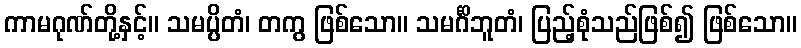
ကာမဂုဏ်တို့နှင့်။ သမပ္ပိတံ၊ တကွ ဖြစ်သော။ သမင်္ဂိဘူတံ၊ ပြည့်စုံသည်ဖြစ်၍ ဖြစ်သော။